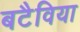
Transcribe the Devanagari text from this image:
बटैविया